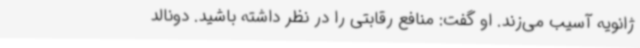
ژانویه آسیب می‌زند. او گفت: منافع رقابتی را در نظر داشته باشید. دونالد